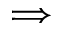
\Longrightarrow